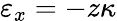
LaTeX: \varepsilon_{x}=-z\kappa